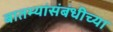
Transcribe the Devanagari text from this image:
बातम्यांसंबंधीच्या